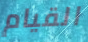
القيام